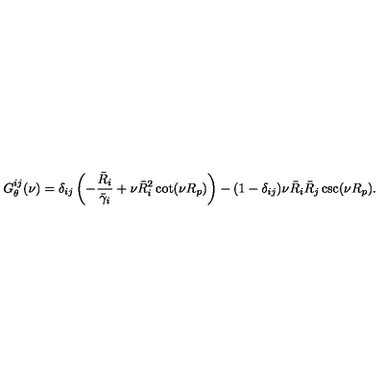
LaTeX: G _ { \theta } ^ { i j } ( \nu ) = \delta _ { i j } \left( - \frac { \bar { R } _ { i } } { \bar { \gamma } _ { i } } + \nu \bar { R } _ { i } ^ { 2 } \cot ( \nu R _ { p } ) \right) - ( 1 - \delta _ { i j } ) \nu \bar { R } _ { i } \bar { R } _ { j } \csc ( \nu R _ { p } ) .